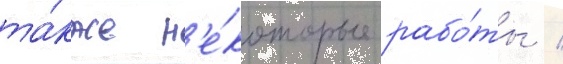
та́кже н'е́которые рабо́ты /